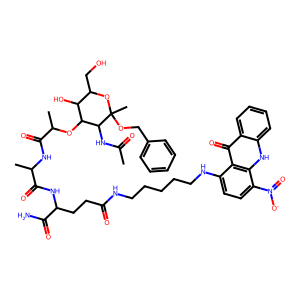
SMILES: CC(=O)NC1C(OC(C)C(=O)NC(C)C(=O)NC(CCC(=O)NCCCCCNc2ccc([N+](=O)[O-])c3[nH]c4ccccc4c(=O)c23)C(N)=O)C(O)C(CO)OC1(C)OCc1ccccc1
Inhibits HIV replication: No